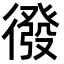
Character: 𭜄